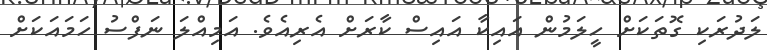
ލަދުރަކި ގޮތަކަށް ހީލަމުން އައިކާ އައިސް ކާރަށް އެރިއެވެ. އަމިއްލަ ނަފްސު ހަމައަކަށް